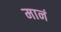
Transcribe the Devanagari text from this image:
मानं